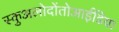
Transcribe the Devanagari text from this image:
स्कुअलोदोंतोआईडिया